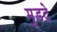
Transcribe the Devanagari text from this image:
मुडदे